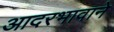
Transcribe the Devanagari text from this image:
आदरभावाने